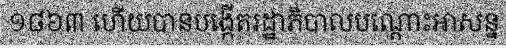
១៨៦៣ ហើយបានបង្កើតរដ្ឋាភិបាលបណ្តោះអាសន្ន